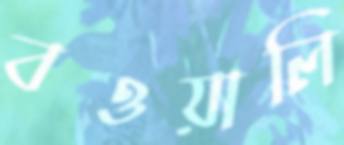
বওয়ালি